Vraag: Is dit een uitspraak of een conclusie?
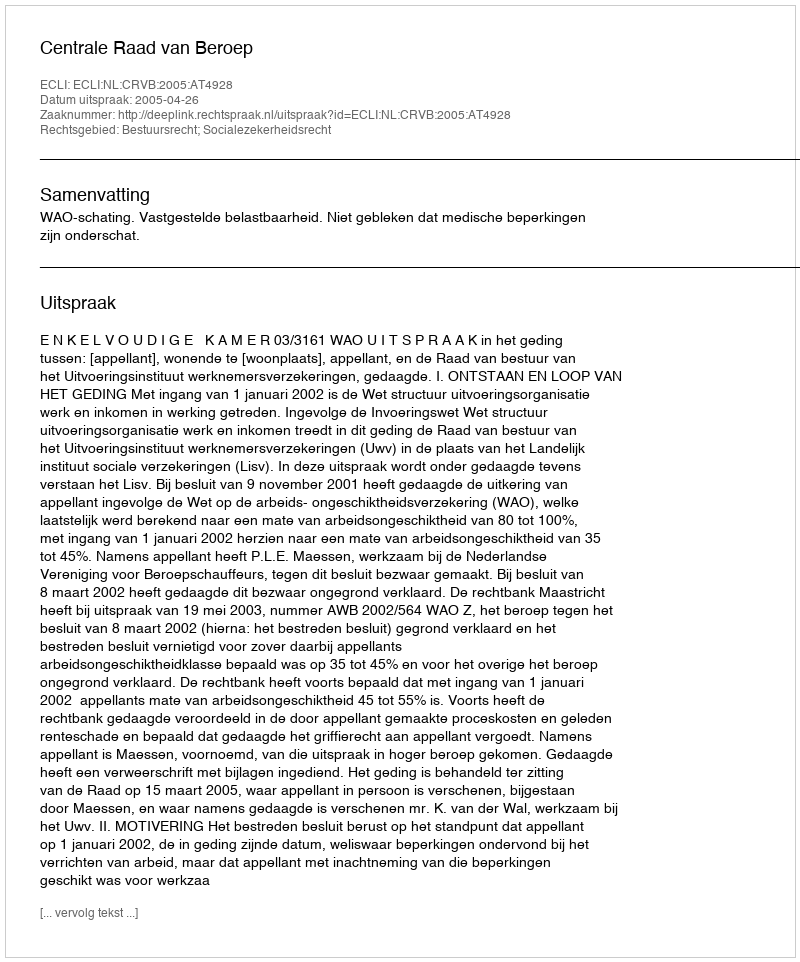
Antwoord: Uitspraak